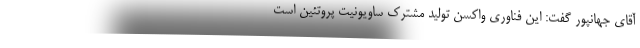
آقای جهانپور گفت: این فناوری واکسن تولید مشترک ساویونیت پروتئین است